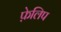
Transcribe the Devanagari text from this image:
फ़ेलिप